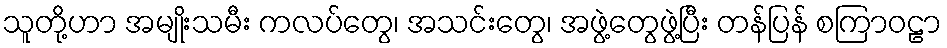
သူတို့ဟာ အမျိုးသမီး ကလပ်တွေ၊ အသင်းတွေ၊ အဖွဲ့တွေဖွဲ့ပြီး တန်ပြန် စကြာဝဠာ